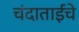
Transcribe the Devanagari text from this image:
चंदाताईंचे